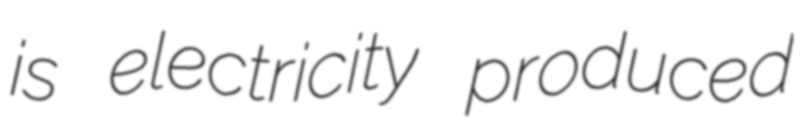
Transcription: is electricity produced